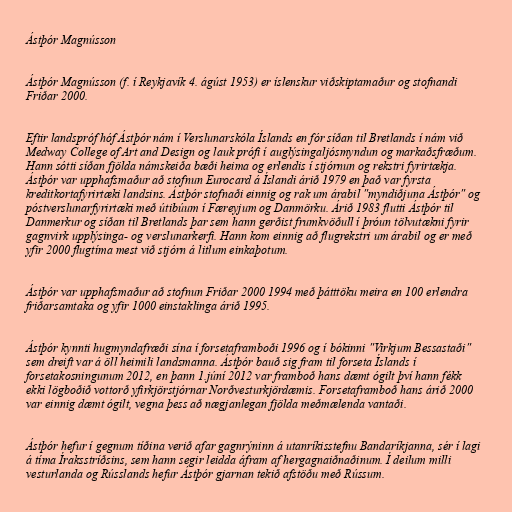
Ástþór Magnússon

Ástþór Magnússon (f. í Reykjavík 4. ágúst 1953) er íslenskur viðskiptamaður og stofnandi
Friðar 2000.

Eftir landspróf hóf Ástþór nám í Verslunarskóla Íslands en fór síðan til Bretlands í nám við
Medway College of Art and Design og lauk prófi í auglýsingaljósmyndun og markaðsfræðum.
Hann sótti síðan fjölda námskeiða bæði heima og erlendis í stjórnun og rekstri fyrirtækja.
Ástþór var upphafsmaður að stofnun Eurocard á Íslandi árið 1979 en það var fyrsta
kreditkortafyrirtæki landsins. Ástþór stofnaði einnig og rak um árabil "myndiðjuna Ástþór" og
póstverslunarfyrirtæki með útibúum í Færeyjum og Danmörku. Árið 1983 flutti Ástþór til
Danmerkur og síðan til Bretlands þar sem hann gerðist frumkvöðull í þróun tölvutækni fyrir
gagnvirk upplýsinga- og verslunarkerfi. Hann kom einnig að flugrekstri um árabil og er með
yfir 2000 flugtíma mest við stjórn á litlum einkaþotum.

Ástþór var upphafsmaður að stofnun Friðar 2000 1994 með þátttöku meira en 100 erlendra
friðarsamtaka og yfir 1000 einstaklinga árið 1995.

Ástþór kynnti hugmyndafræði sína í forsetaframboði 1996 og í bókinni "Virkjum Bessastaði"
sem dreift var á öll heimili landsmanna. Ástþór bauð sig fram til forseta Íslands í
forsetakosningunum 2012, en þann 1.júní 2012 var framboð hans dæmt ógilt því hann fékk
ekki lögboðið vottorð yfirkjörstjórnar Norðvesturkjördæmis. Forsetaframboð hans árið 2000
var einnig dæmt ógilt, vegna þess að nægjanlegan fjölda meðmælenda vantaði.

Ástþór hefur í gegnum tíðina verið afar gagnrýninn á utanríkisstefnu Bandaríkjanna, sér í lagi
á tíma Íraksstríðsins, sem hann segir leidda áfram af hergagnaiðnaðinum. Í deilum milli
vesturlanda og Rússlands hefur Ástþór gjarnan tekið afstöðu með Rússum.